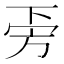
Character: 𣃟